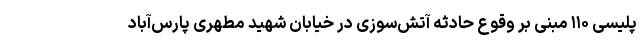
پلیسی ۱۱۰ مبنی بر وقوع حادثه آتش‌سوزی در خیابان شهید مطهری پارس‌آباد